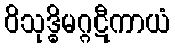
ဝိသုဒ္ဓိမဂ္ဂဋီကာယံ